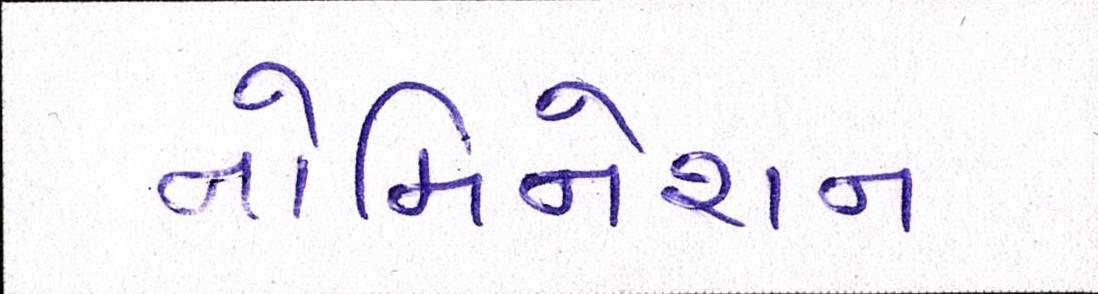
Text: નોમિનેશન